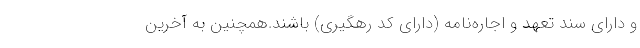
و دارای سند تعهد و اجاره‌نامه (دارای کد رهگیری) باشند.همچنین به آخرین